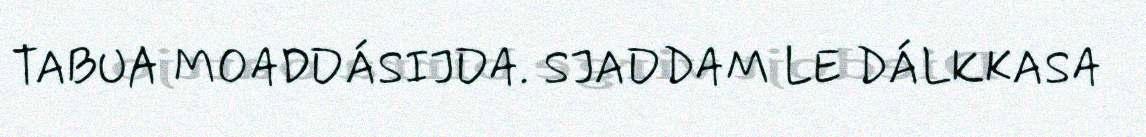
TABUA MOADDÁSIJDA. SJADDAM LE DÁLKKASA